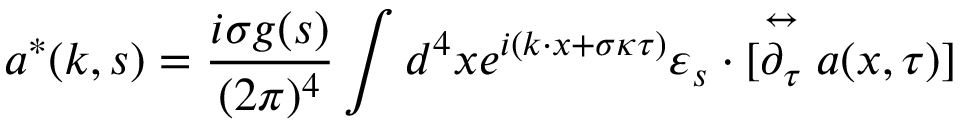
a ^ { * } ( k , s ) = \frac { i \sigma g ( s ) } { ( 2 \pi ) ^ { 4 } } \int d ^ { 4 } x e ^ { i ( k \cdot x + \sigma \kappa \tau ) } \varepsilon _ { s } \cdot [ \stackrel { \leftrightarrow } { \partial _ { \tau } } a ( x , \tau ) ]